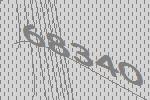
68340